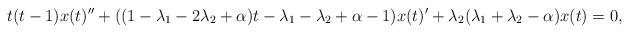
LaTeX: \begin{align*}t(t-1)x(t) ''+((1-\lambda_{1}-2\lambda_{2}+\alpha)t-\lambda_{1}-\lambda_{2}+\alpha-1)x(t)'+\lambda_{2}(\lambda_{1}+\lambda_{2}-\alpha)x(t)=0,\end{align*}